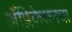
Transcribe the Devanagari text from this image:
अॅप्लिकेशनचा